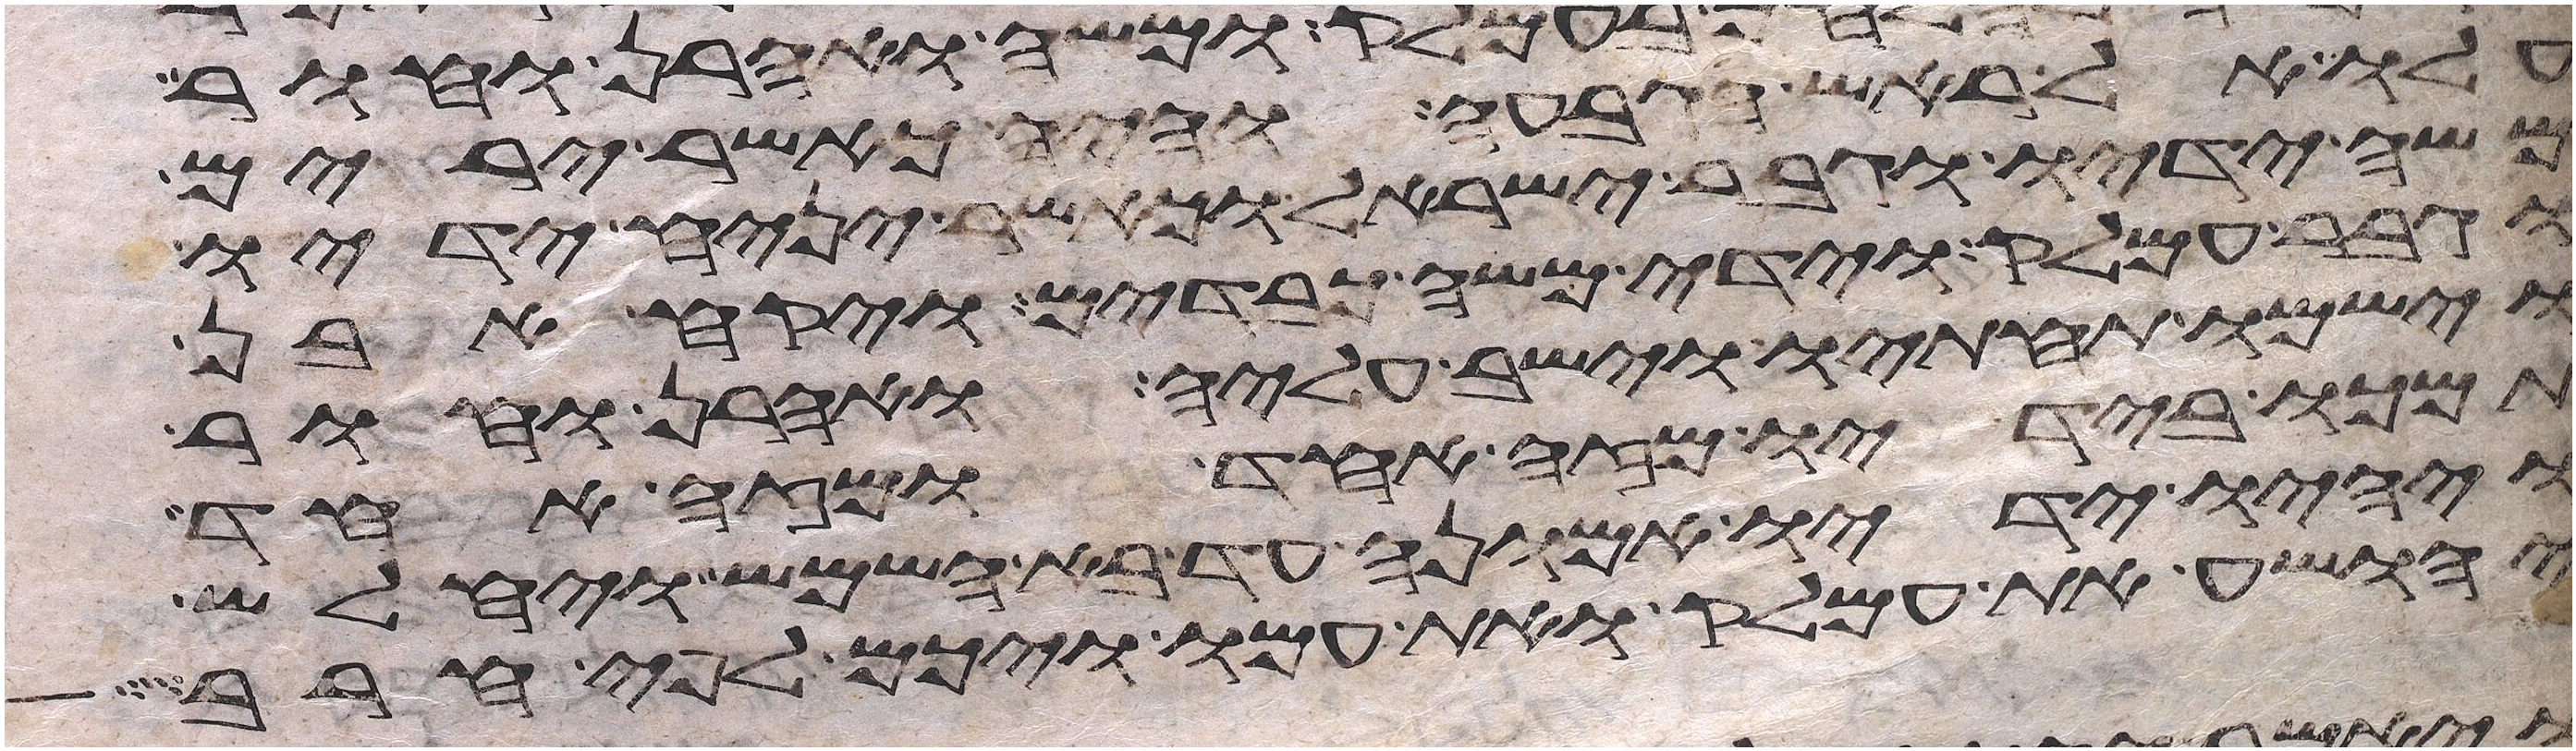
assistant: עלו אל ראש הגבעה והיה כאשר ירים
משה ידיו וגבר ישראל וכאשר יניח ידיו
וגבר עמלק וידי משה כבדים ויקחו אבן
וישמו תחתיו וישב עליה ואהרן וחור
תמכו בידיו מזה אחד ומזה אחד
ויהיו ידיו אמונה עד בא השמש ויחלש
יהושע את עמלק ואת עמו ויכם לפי חרב